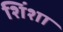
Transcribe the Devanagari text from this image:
शिंशा